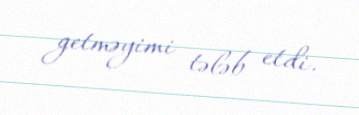
getməyimi tələb etdi.